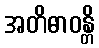
အတိဓာဝန္တိ